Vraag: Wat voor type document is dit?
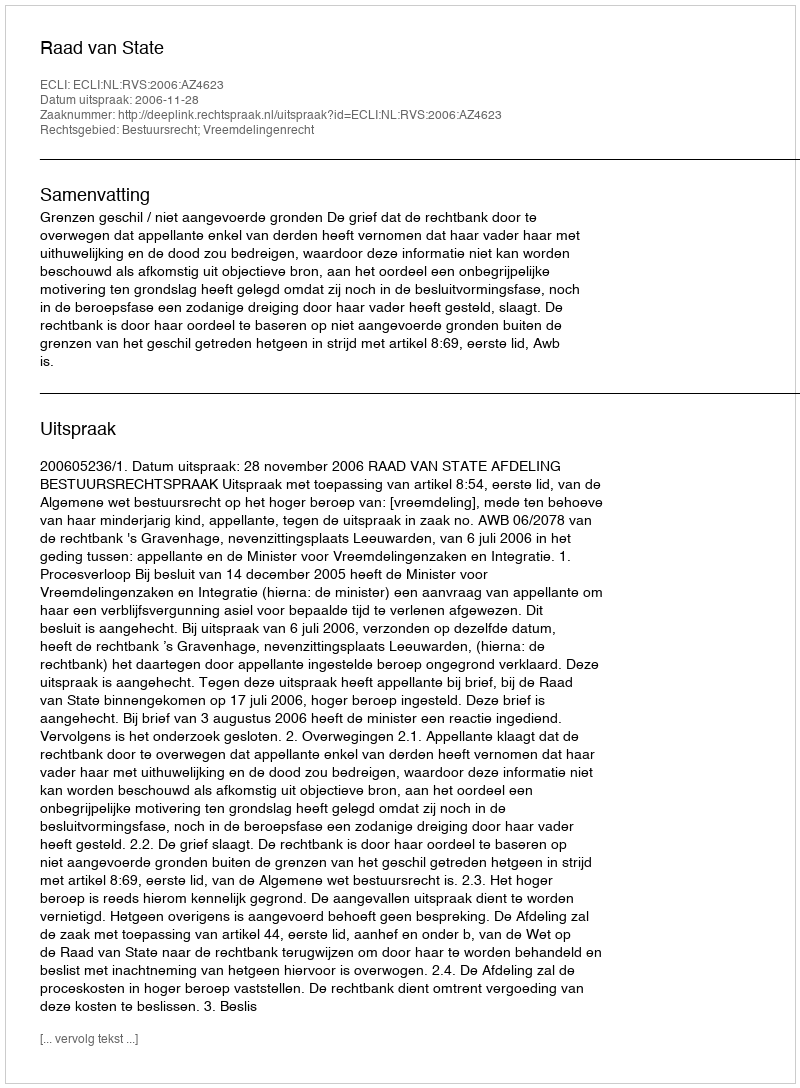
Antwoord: Uitspraak